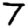
Digit: 7